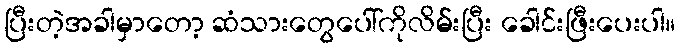
ပြီးတဲ့အခါမှာတော့ ဆံသားတွေပေါ်ကိုလိမ်းပြီး ခေါင်းဖြီးပေးပါ။